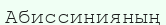
Абиссинияның